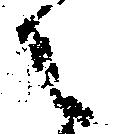
之